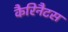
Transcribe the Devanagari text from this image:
कैरिनैटस